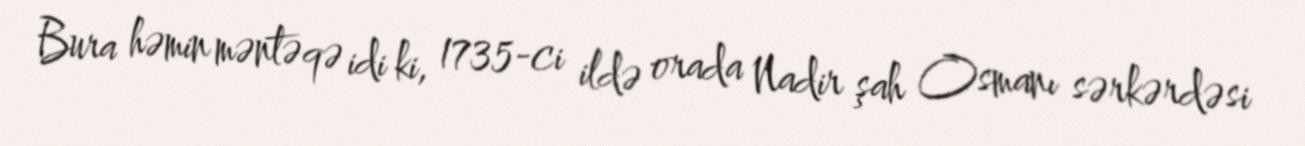
Bura həmin məntəqə idi ki, 1735-ci ildə orada Nadir şah Osmanı sərkərdəsi